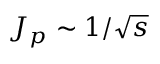
J _ { p } \sim 1 / \sqrt { s }